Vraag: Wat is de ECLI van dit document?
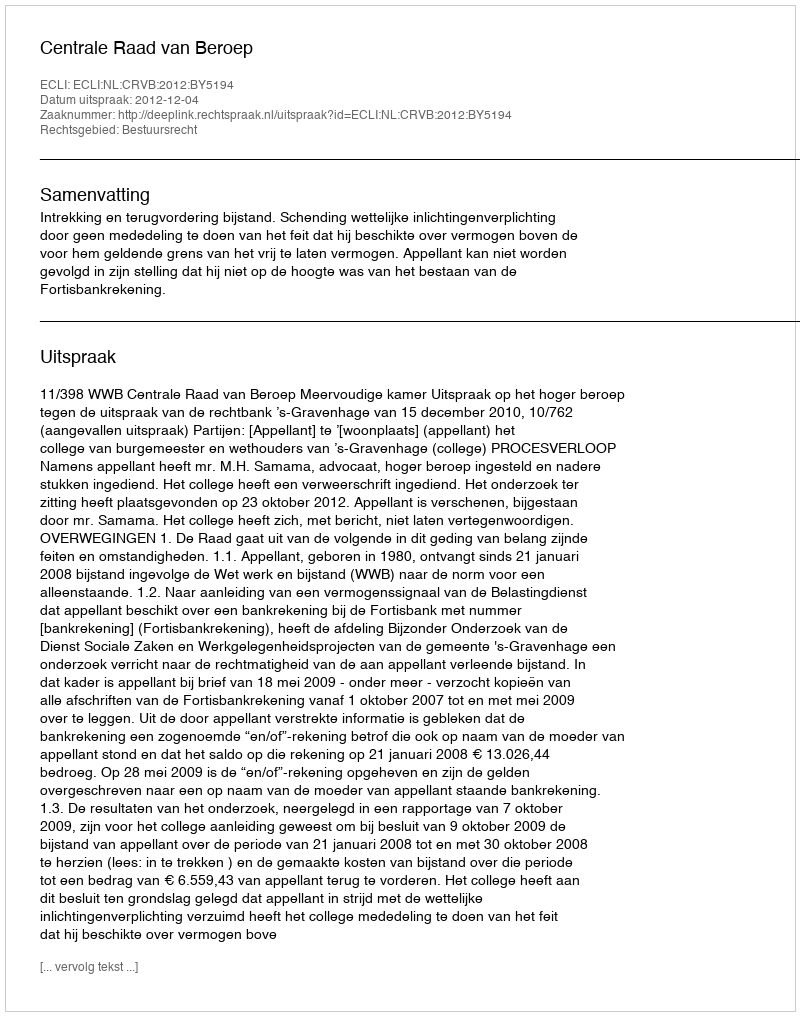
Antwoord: ECLI:NL:CRVB:2012:BY5194